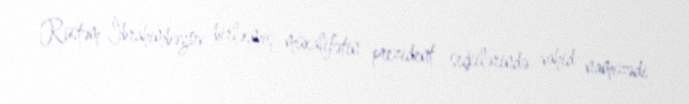
Rüstəm İbrahimbəyov birləşmiş müxalifətin prezident seçkilərində vahid namizədi